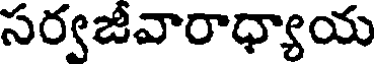
సర్వజీవారాధ్యాయ